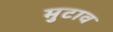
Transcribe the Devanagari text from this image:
मुटाव